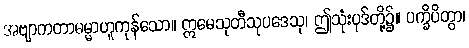
အဗျာကတာဓမ္မာဟူကုန်သော။ ဣမေသုတီသုပဒေသု၊ ဤသုံးပုဒ်တို့၌။ ပက္ခိပိတွာ၊